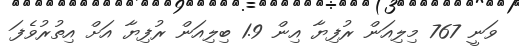
ވަނީ 767 މިލިއަން ރުފިޔާ އިން 1.9 ބިލިއަން ރުފިޔާ އަށް އިތުރުވެފަ